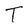
Character: T